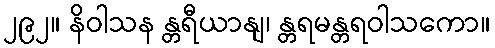
၂၉၂။ နိဝါသန န္တရီယာနျ၊ န္တရမန္တရဝါသကော။